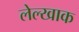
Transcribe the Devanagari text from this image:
लेल्खाक